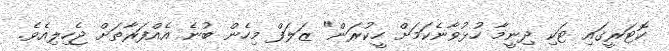
ކޮޓަރީގައި ޓަކި ދިނީމާ ހުޅުވާނެކަމަށް ހީކުރަން" ޒަލަފް މިހެން ބުނެ އެއްފަރާތަށް ޖެހިލިއެވެ.